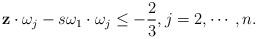
LaTeX: \begin{align*} \mathbf z\cdot \omega_j-s\omega_1\cdot\omega_j\leq-\frac{2}{3},j=2,\cdots,n. \end{align*}